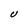
Character: U